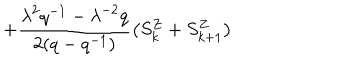
LaTeX: + \frac { { \lambda } ^ { 2 } q ^ { - 1 } - { \lambda } ^ { - 2 } q } { 2 ( q - q ^ { - 1 } ) } \left( S _ { k } ^ { Z } + S _ { k + 1 } ^ { Z } \right) \,